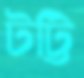
টট্টি